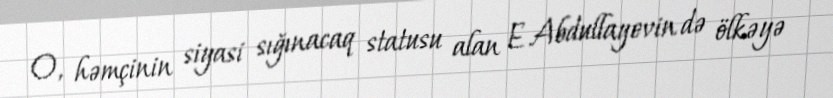
O, həmçinin siyasi sığınacaq statusu alan E.Abdullayevin də ölkəyə